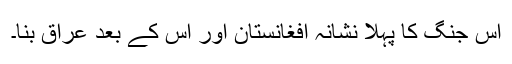
اس جنگ کا پہلا نشانہ افغانستان اور اس کے بعد عراق بنا۔